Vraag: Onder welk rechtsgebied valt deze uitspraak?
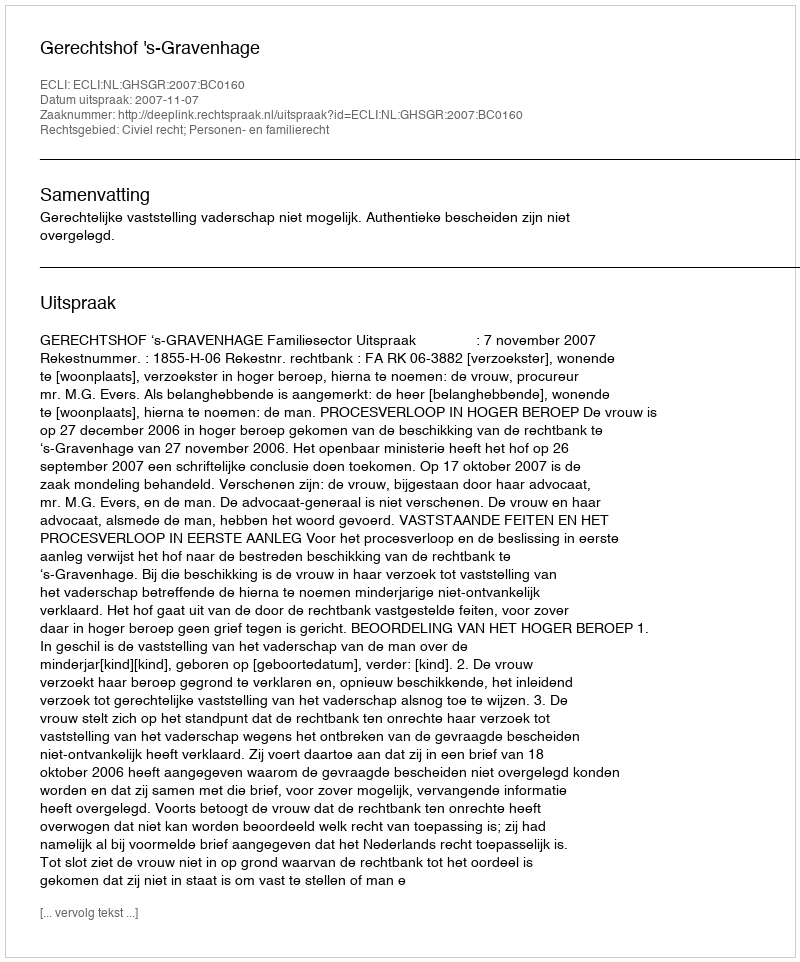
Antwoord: Civiel recht; Personen- en familierecht